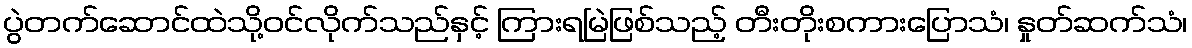
ပွဲတက်ဆောင်ထဲသို့ဝင်လိုက်သည်နှင့် ကြားရမြဲဖြစ်သည့် တီးတိုးစကားပြောသံ၊ နှုတ်ဆက်သံ၊